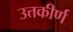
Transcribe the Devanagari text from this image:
उत्तकीर्ण